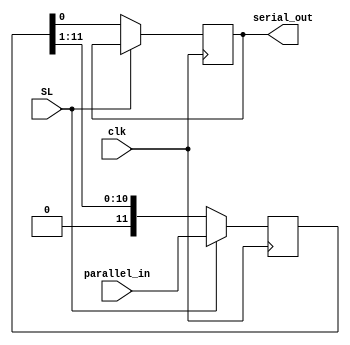
module PISO_register(
  input wire clk,
  input wire [11:0] parallel_in,
  input wire SL, // 1 => load, 0 => shift
  output reg serial_out
);

  reg [11:0] register;

  always @(posedge clk) begin
    if(SL==1)
      register[11:0] <= parallel_in[11:0];
    else if (SL==0) begin
      serial_out <= register[0]; // Output the least significant bit
      register <= register >>> 1;
    end
  end
  

endmodule